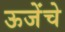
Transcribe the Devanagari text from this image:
ऊजेंचे